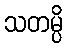
သတမ္ပိ